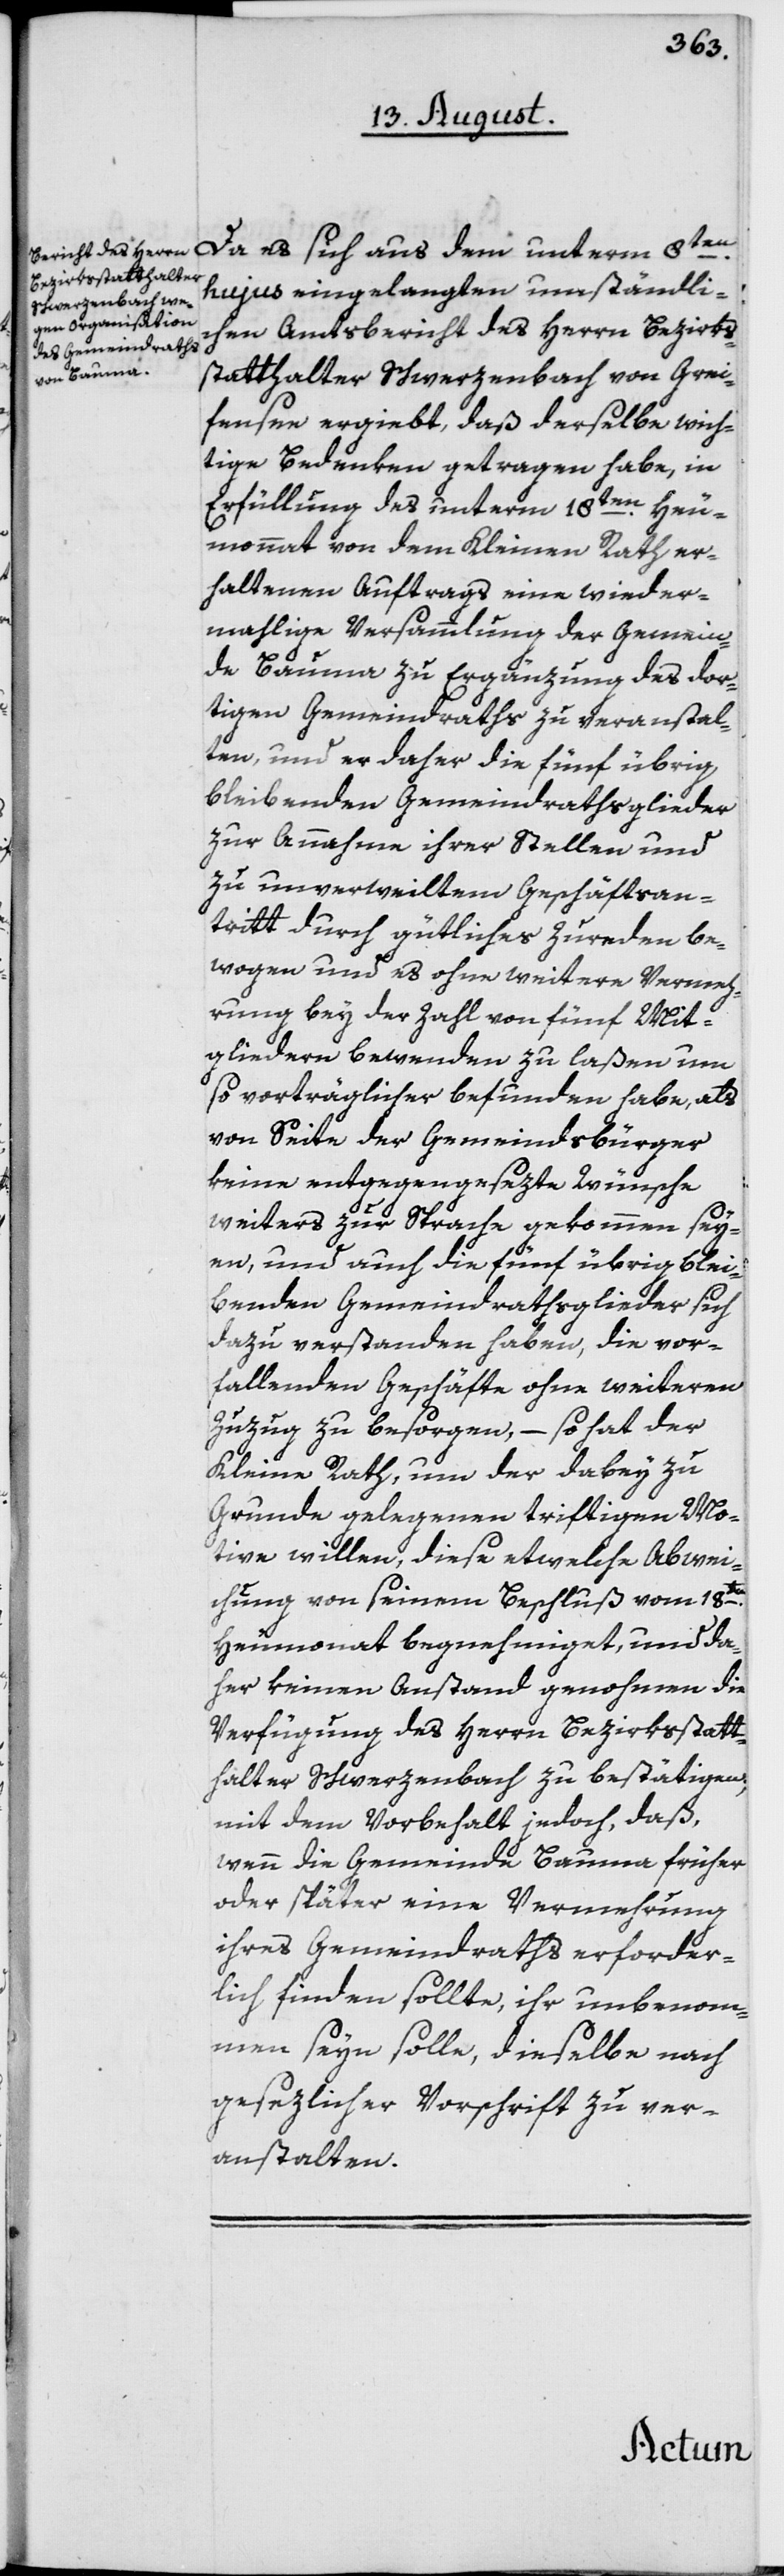
Da es sich aus dem unterm 8ten
hujus eingelangten umständli¬
chen Amtsbericht des Herrn Bezirks¬
statthalter Schwerzenbach von Grei¬
fensee ergiebt, daß derselbe wich¬
tige Bedenken getragen habe, in
Erfüllung des unterm 18ten Heu¬
monnat von dem Kleinen Rath er¬
haltenen Auftrags eine wieder¬
mahlige Versammlung der Gemein¬
de Bauma zu Ergänzung des dor¬
tigen Gemeindraths zu veranstal¬
ten, und er daher die fünf übrig
bleibenden Gemeindrathsglieder
zur Annahme ihrer Stellen und
zu unverweiltem Geschäftsan¬
tritt durch gütliches Zureden be¬
wogen und es ohne weitere Vermeh¬
rung bey der Zahl von fünf Mit¬
gliedern bewenden zu laßen um
so vorträglicher befunden habe, als
von Seite der Gemeindsbürger
keine entgegengesezte Wünsche
weiters zur Sprache gekommen sey¬
en, und auch die fünf übrig blei¬
benden Gemeindrathsglieder sich
dazu verstanden haben, die vor¬
fallenden Geschäfte ohne weiteren
Zuzug zu besorgen, – so hat der
Kleine Rath, um der dabey zu
Grunde gelegenen triftigen Mo¬
tive willen, diese etwelche Abwei¬
chung von seinem Beschluß vom 18ten
Heumonat begnehmiget, und da¬
her keinen Anstand genohmen die
Verfügung des Herrn Bezirksstatt¬
halter Schwerzenbach zu bestätigen,
mit dem Vorbehalt jedoch, daß,
wenn die Gemeinde Bauma früher
oder später eine Vermehrung
ihres Gemeindraths erforder¬
lich finden sollte, ihr unbenom¬
men seyn solle, dieselbe nach
gesezlicher Vorschrift zu ver¬
anstalten.